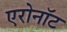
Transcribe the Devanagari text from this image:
एरोनॉट